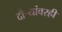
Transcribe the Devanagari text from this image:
दौर्‍यांवरही